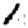
Digit: 1